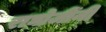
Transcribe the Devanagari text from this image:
राघोजींनी